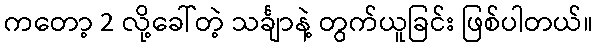
ကတော့ 2 လို့ခေါ်တဲ့ သင်္ချာနဲ့ တွက်ယူခြင်း ဖြစ်ပါတယ်။